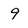
Character: 9